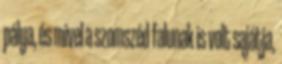
pálya, és mivel a szomszéd falunak is volt sajátja,